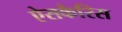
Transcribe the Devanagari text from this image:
ऐसकैरिस